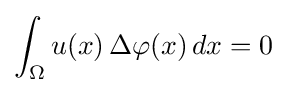
\int _{\Omega }u(x)\,\Delta \varphi (x)\,dx=0